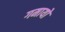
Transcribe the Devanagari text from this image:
गमायो